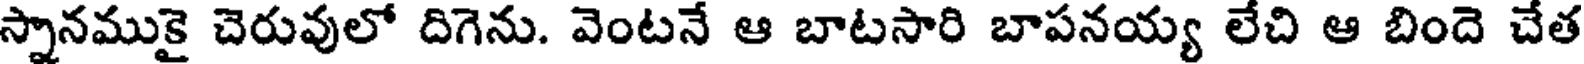
స్నానముకై చెరువులో దిగెను. వెంటనే ఆ బాటసారి బాపనయ్య లేచి ఆ బిందె చేత